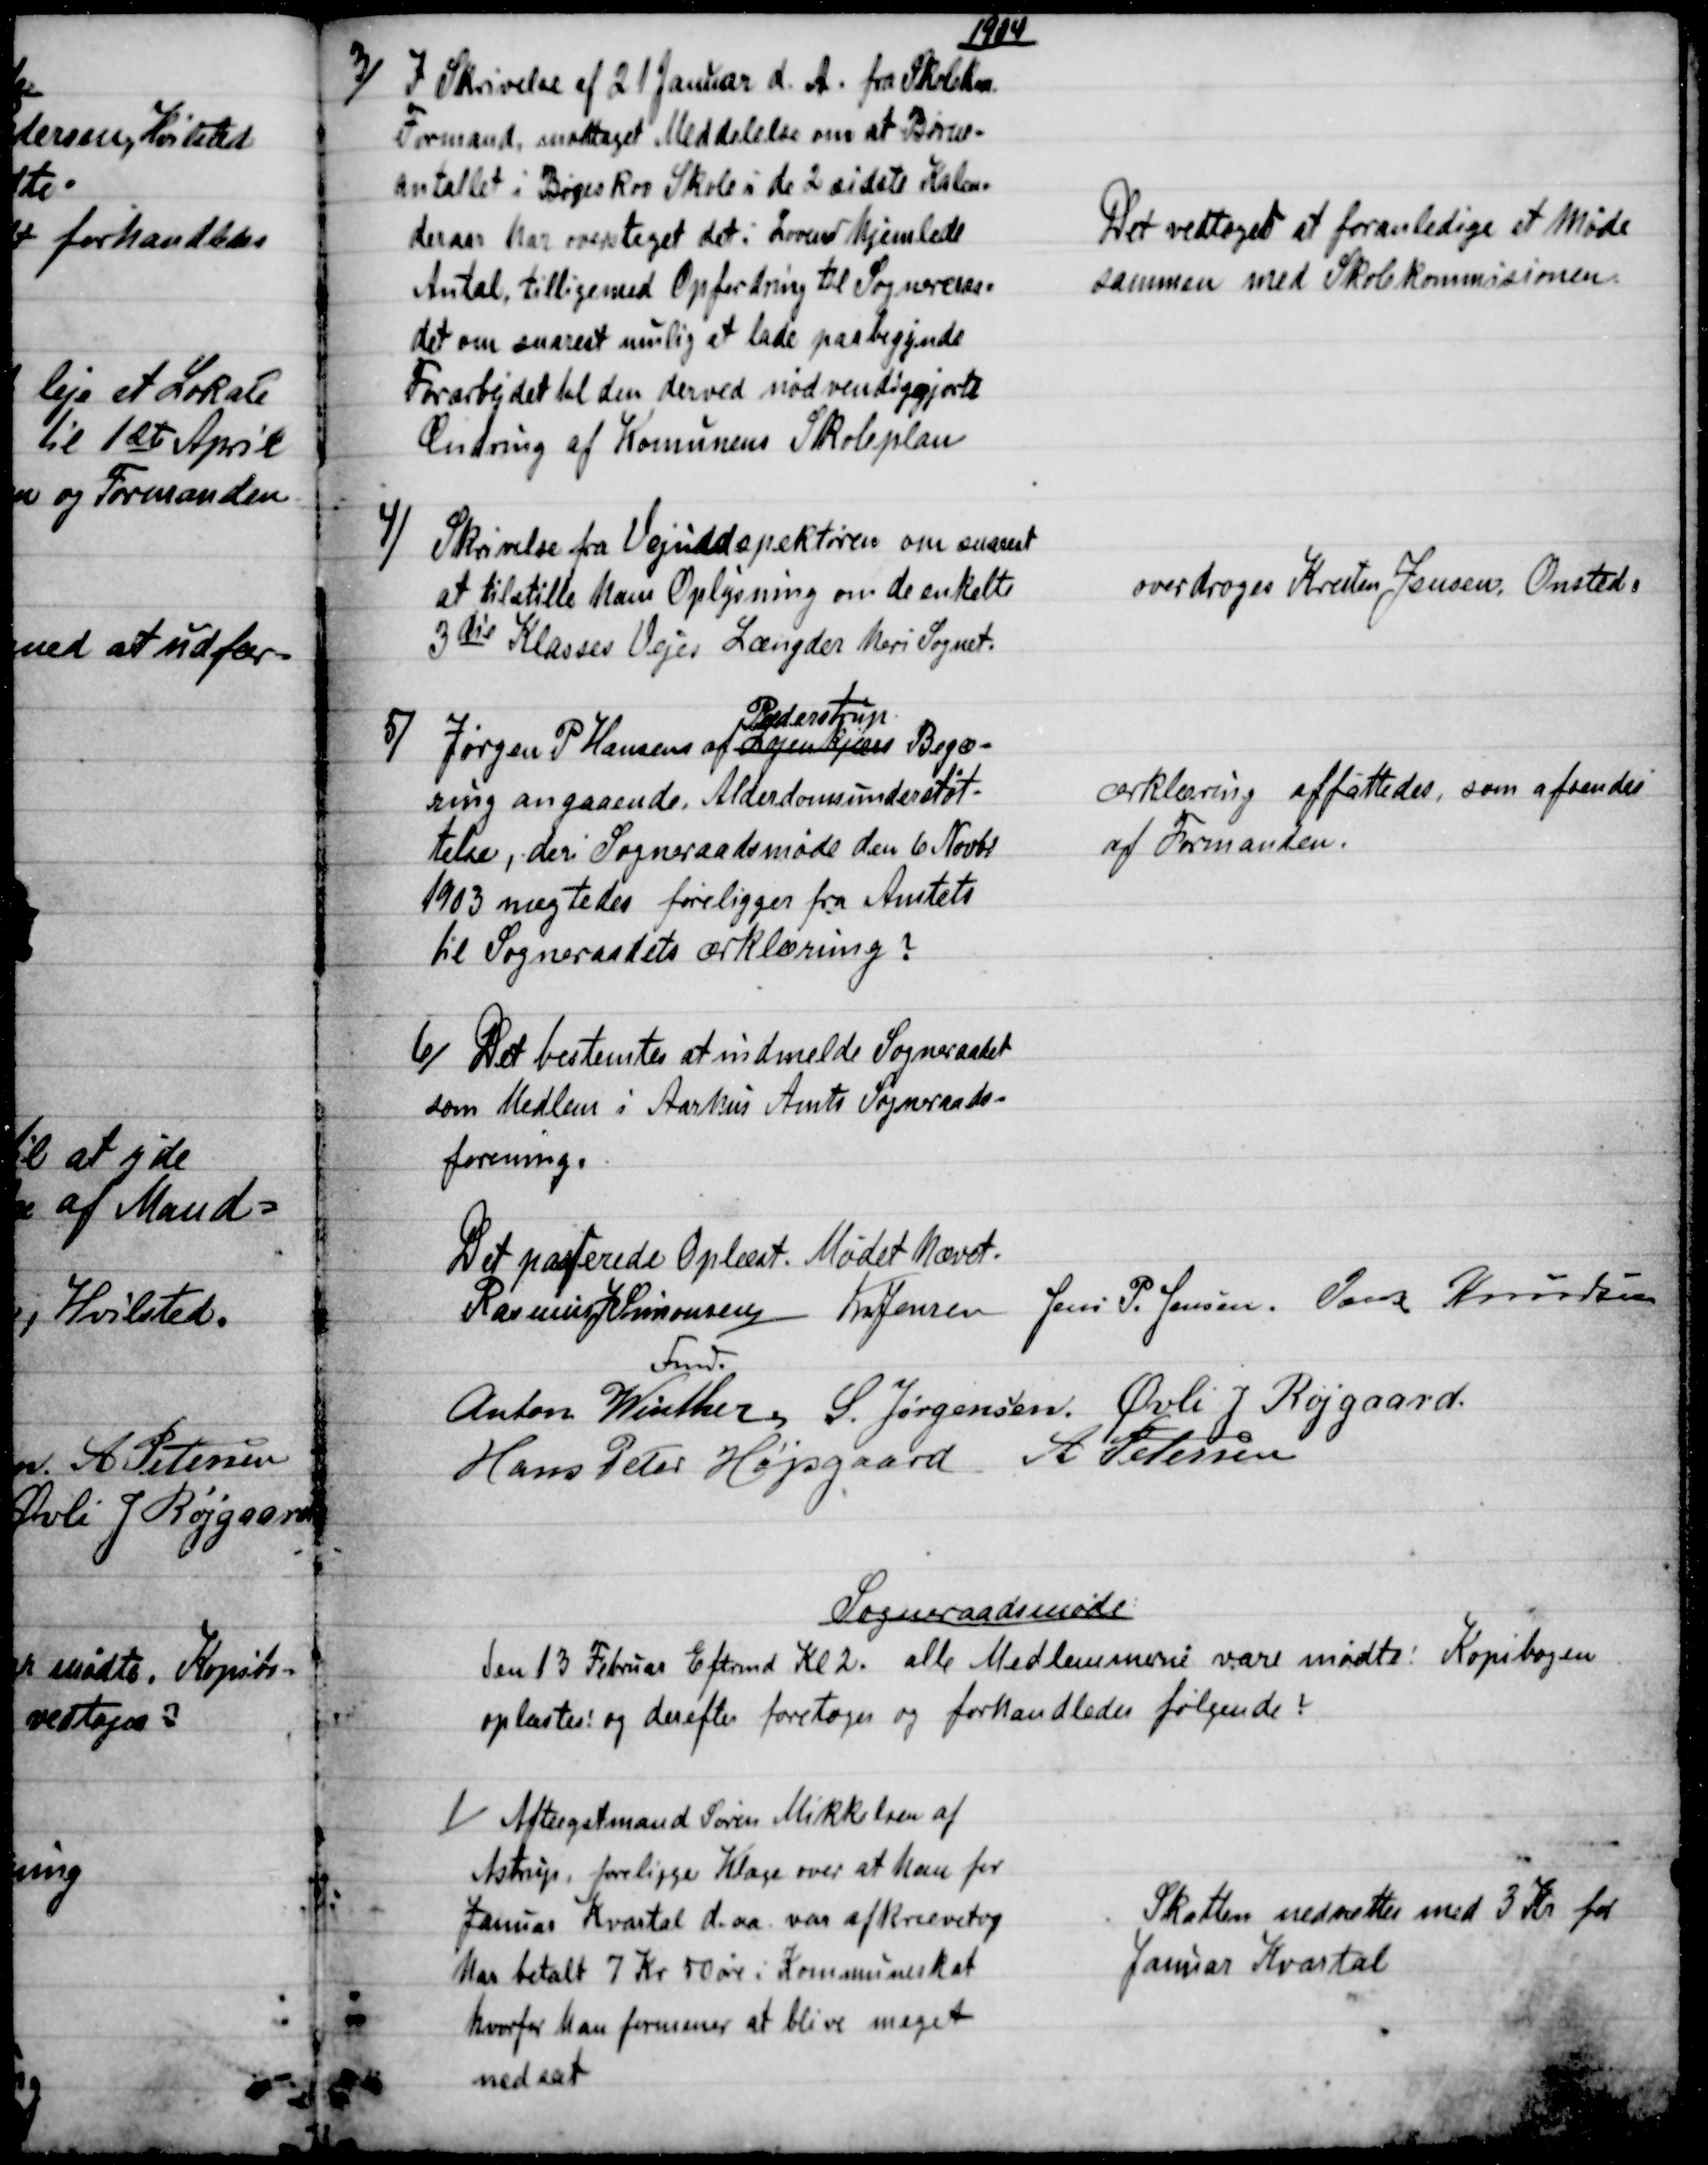
Transskription:
1904
3)
I Skrivelse af 21 Januar d. A. fra Skolekm
Formand, modtaget Meddelelse om at Børne-
antallet i Bøgeskov Skole i de 2 sidste Kalen-
deraar har oversteget det i Loven hjemlede
Antal, tilligemed Opfordring til Sogneraa-
det om snarest mulig at lade paabegynde
Forarbejdet til den derved nødvendiggjorte
Ændring af Komunens Skoleplan
Det vedtoges at foranledige et Møde
sammen med Skolekommisionen
4)
Skrivelse fra Vejindspektøren om snarest
at tilstille ham Oplysning om de enkelte
3die Klasses Vejes Længder heri Sognet.
overdroges Kresten Jensen, Onsted.
5) 
Jørgen p. Hansens af Løjenkjær 
Pederstrup
Begæ-
ring angaaende Alderdomsunderstøt-
telse, deri Sogneraadsmøde den 6. Novbr
1903 nægtedes foreligger fra Amtets
til Sogneraadets erklæring?
erklæring affattedes, som afsendes
af Formanden.
6)
Det bestemtes at indmelde Sogneraadet
som Medlem i Aarhus Amts Sogneraads-
forening.
Det passerede Oplæst. Mødet hævet.
Rasmus J Simonsen 
Fmd .                                           
K Jensen Jens P. Jensen. Jens Knudsen
Anton Winther. S. Jørgensen. Øvli J Røjgaard.
Hans Peter Højsgaard A. Petersen
Sogneraadsmøde
Den 13 Februar Eftrmd Kl 2. alle Medlemmerne vare mødte. Kopibogen
oplæstes og derefter foretoges og forhandledes følgende!
1)
Aftægstmand Søren Mikkelsen af
Astrup, foreligger Klage over at han for
Januar Kvartal d. aa. var afkrævet og
har betalt 7 Kr 50 øre i Kommuneskat
hvorfor han formener at blive meget
nedsat
Skatten nedsættes med 3 Kr for
Januar Kvartal